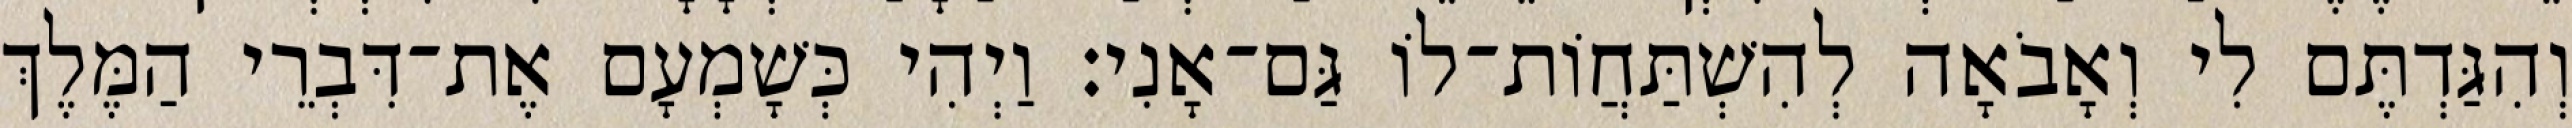
וְהִגַּדְתֶּם לִי וְאָבֹאָה לְהִשְׁתַּחֲוֹת־לוֹ גַּם־אָנִי׃ וַיְהִי כְּשָׁמְעָם אֶת־דִּבְרֵי הַמֶּלֶךְ